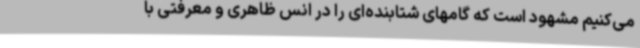
می‌کنیم مشهود است که گامهای شتابنده‌ای را در انس ظاهری و معرفتی با